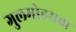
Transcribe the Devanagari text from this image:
गुलमोहराचा